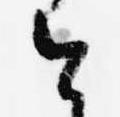
今